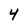
Character: 4